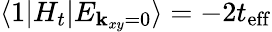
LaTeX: \langle 1|H_{t}|E_{{\mathbf k}_{xy}=0}\rangle=-2t_{\mathrm{eff}}